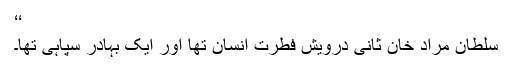
‘‘
سلطان مراد خان ثانی درویش فطرت انسان تھا اور ایک بہادر سپاہی تھا۔